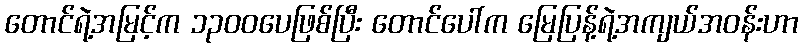
တောင်ရဲ့အမြင့်က ၁၃၀၀ပေဖြစ်ပြီး တောင်ပေါ်က မြေပြန့်ရဲ့အကျယ်အဝန်းဟာ